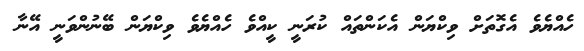
ހެއްޔެވެ އެގޮތަށް ވިކްޔަން އެކަންތައް ކުރަނީ ކީއްވެ ހެއްޔެވެ ވިކްޔަން ބޭނުންވަނީ އޭނާ